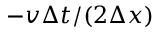
- v \Delta t / ( 2 \Delta x )